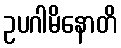
ဥပဂါမိနောတိ